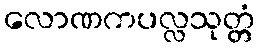
လောဏကပလ္လသုတ္တံ